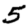
Digit: 5